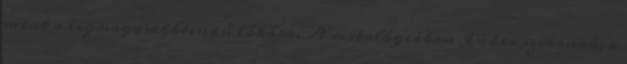
mint a legmagasabbrendű lókára. A mitológiában Indra szvarnak, a